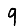
Digit: 9